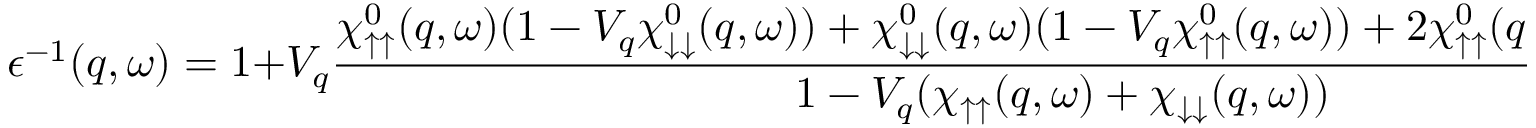
\epsilon ^ { - 1 } ( q , \omega ) = 1 + V _ { q } \frac { \chi _ { \uparrow \uparrow } ^ { 0 } ( q , \omega ) ( 1 - V _ { q } \chi _ { \downarrow \downarrow } ^ { 0 } ( q , \omega ) ) + \chi _ { \downarrow \downarrow } ^ { 0 } ( q , \omega ) ( 1 - V _ { q } \chi _ { \uparrow \uparrow } ^ { 0 } ( q , \omega ) ) + 2 \chi _ { \uparrow \uparrow } ^ { 0 } ( q , \omega ) ) \chi _ { \downarrow \downarrow } ( q , \omega ) ) } { 1 - V _ { q } ( \chi _ { \uparrow \uparrow } ( q , \omega ) + \chi _ { \downarrow \downarrow } ( q , \omega ) ) }